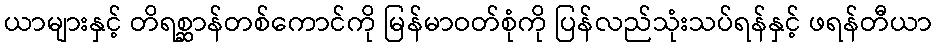
ယာများနှင့် တိရစ္ဆာန်တစ်ကောင်ကို မြန်မာဝတ်စုံကို ပြန်လည်သုံးသပ်ရန်နှင့် ဖရန်တီယာ